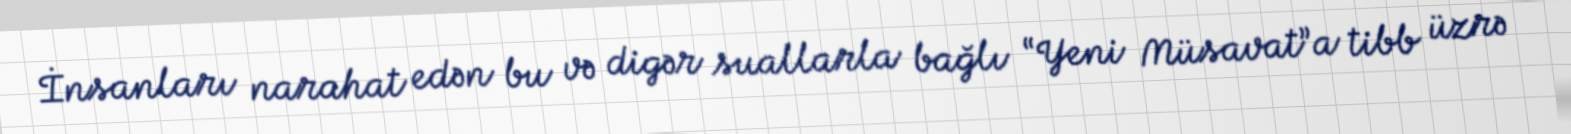
İnsanları narahat edən bu və digər suallarla bağlı “Yeni Müsavat”a tibb üzrə